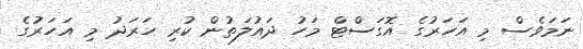
ނަމަވެސް މި އަހަރުގެ އޮގަސްޓް މަހު ދައުލަތުން ކުރި ހަރަދު މި އަހަރުގެ